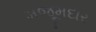
મજૂમદાર